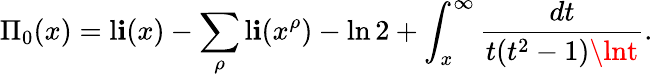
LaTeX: \Pi_{0}(x)=\operatorname{l\mathbf{i}}(x)-\sum_{\rho}\operatorname{l\mathbf{i}}(x^{\rho})-\ln2+\int_{x}^{\infty}{\frac{{dt}}{{t(t^{2}-1)\lnt}}}.